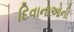
દિવાનાઓની